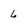
Character: 6